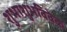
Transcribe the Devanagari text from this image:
शुभाशुभविवेक